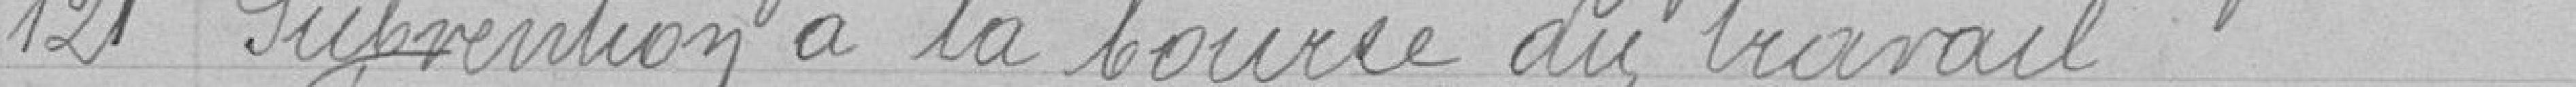
121 Subvention à la bourse du travail